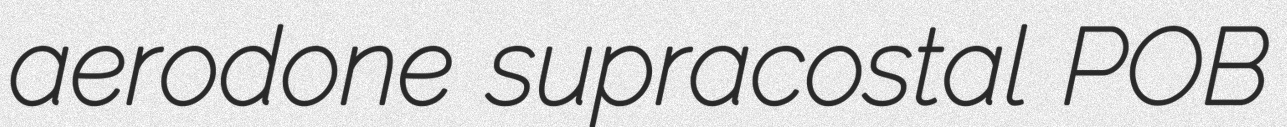
aerodone supracostal POB